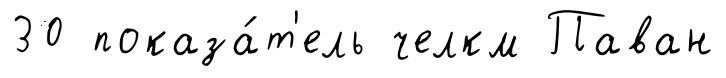
30 показа́т'ель челкм Паван